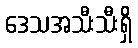
ဒေသအသီးသီးရှိ